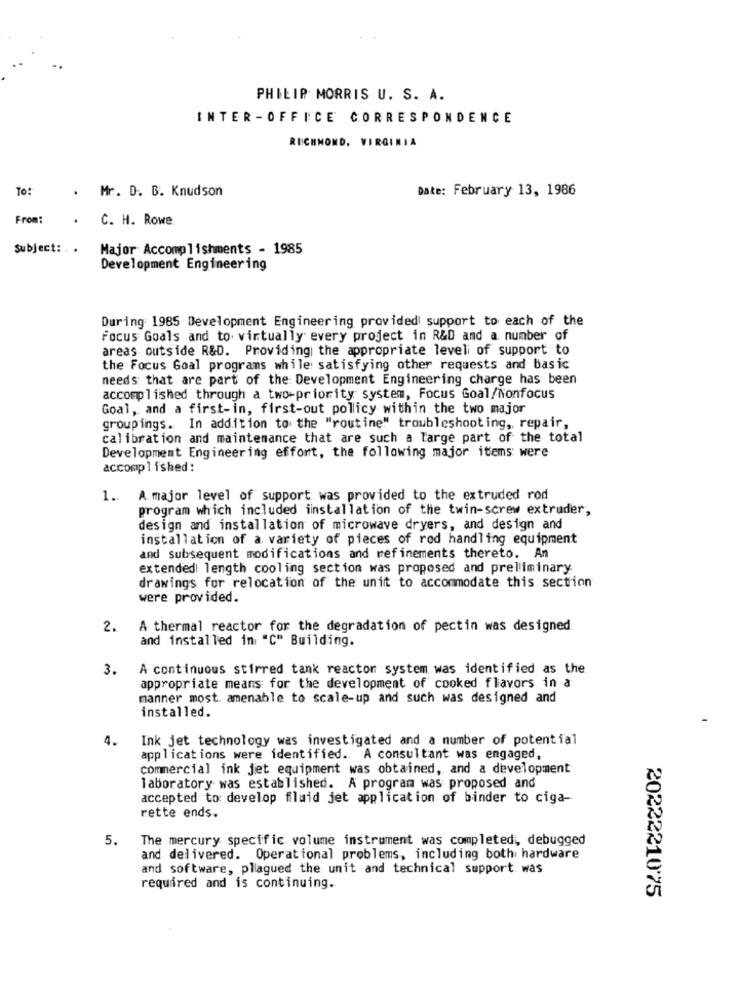
PHILIP MORRIS U. S. A.
INTER-OFFICE CORRESPONDENCE
RICHMOND, VIRGINIA
To:
. Mr. D. B. Knudson
Date: February 13, 1986
From:
.
C. H. Rowe
Subject: . .
Major Accomplishments - 1985
Development Engineering
During 1985 Development Engineering provided support to each of the
Focus Goals and to virtually every project in R&D and a number of
areas outside R&D. Providing the appropriate level of support to
the Focus Goal programs while satisfying other requests and basic
needs that are part of the Development Engineering charge has been
accomplished through a two-priority system, Focus Goal/Nonfocus
Goal, and a first-in, first-out policy within the two major
groupings. In addition to the "routine" troubleshooting ,, repair,
calibration and maintenance that are such a large part of the total
Development Engineering effort, the following major items were
accomplished :
1. A major level of support was provided to the extruded rod
program which included iinstallation of the twin-screw extruder,
design and installation of microwave dryers, and design and
installation of a variety of pieces of red handling equipment
and subsequent modifications and refinements thereto. An
extended! length cooling section was proposed and preliminary
drawings for relocation of the unit to accommodate this section
were provided.
2.
A thermal reactor for the degradation of pectin was designed
and installed in "C" Building.
3.
A continuous stirred tank reactor system was identified as the
appropriate means for the development of cooked flavors in a
manner most. amenable to scale-up and such was designed and
installed.
Ink jet technology was investigated and a number of potential
4.
applications were identified. A consultant was engaged,
commercial ink jet equipment was obtained, and a development
laboratory was established. A program was proposed and
accepted to: develop fluid jet application of binder to ciga-
rette ends.
5.
The mercury specific volume instrument was completed, debugged
and delivered. Operational problems, including both hardware
and software, plagued the unit and technical support. was
required and is continuing.
20222210'75